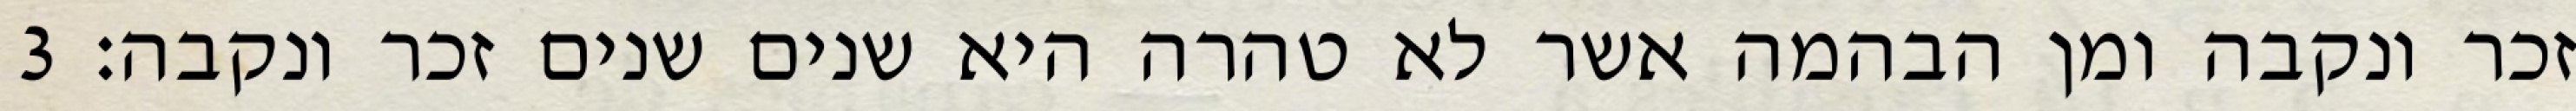
זכר ונקבה ומן הבהמה אשר לא טהרה היא שנים שנים זכר ונקבה׃ ‎3‏